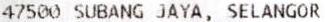
47500 SUBANG JAYA, SELANGOR